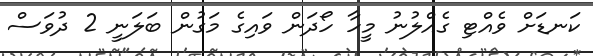
ކަނޑަށް ވެއްޓި ގެއްލުނު މީހާ ހޯދަން ވައިގެ މަގުން ބަލަނީ 2 ދުވަސް